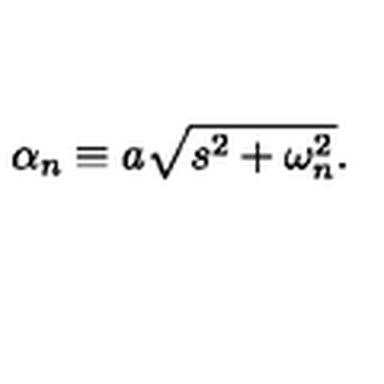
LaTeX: \alpha _ { n } \equiv a \sqrt { s ^ { 2 } + \omega _ { n } ^ { 2 } } .